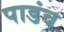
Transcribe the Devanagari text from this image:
पाडंव